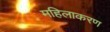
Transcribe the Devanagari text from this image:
महिलाकरण